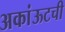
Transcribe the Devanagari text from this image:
अकांऊटची